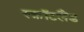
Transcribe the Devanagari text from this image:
स्क़ॉटलैंड